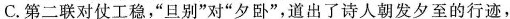
C.第二联对仗工稳，”旦别”对”夕卧”，道出了诗人朝发夕至的行迹，